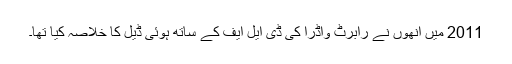
2011 میں انھوں نے رابرٹ واڈرا کی ڈی ایل ایف کے ساتھ ہوئی ڈیل کا خلاصہ کیا تھا۔